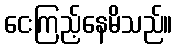
ငေးကြည့်နေမိသည်။